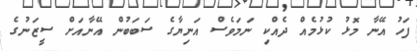
ފަހު އޭނާ މޮޅު ކުޅުމެއް ދެއްކި ނަމަވެސް އަނިޔާގެ ސަބަބުން އޭނާއަށް ސީޒަނުގެ